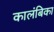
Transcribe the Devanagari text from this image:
कालंबिका